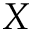
X